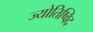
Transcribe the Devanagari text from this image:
ज्योतिष्विद